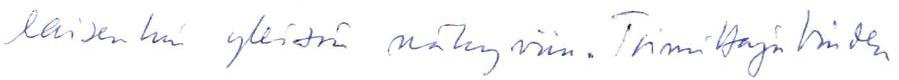
laisenkin yleisön näkyviin. Toimittaja Vinden